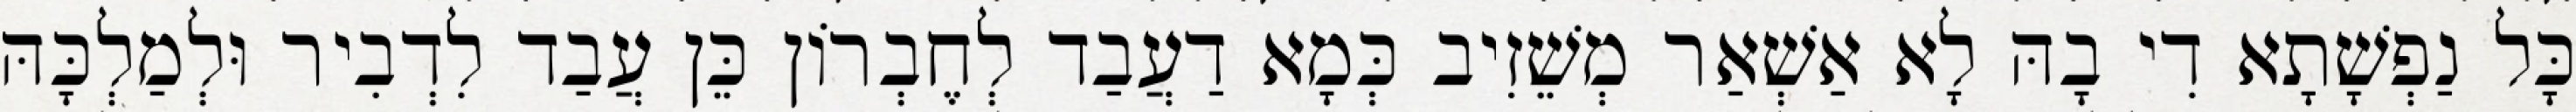
כָּל נַפְשָׁתָא דִי בָהּ לָא אַשְׁאַר מְשֵׁזִיב כְּמָא דַעֲבַד לְחֶבְרוֹן כֵּן עֲבַד לִדְבִיר וּלְמַלְכָּהּ